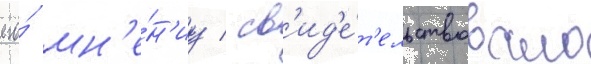
его́ мн'е́н'иу / св'ид'е́т'ельствовало